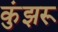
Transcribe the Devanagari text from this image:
कुंझरू